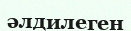
әлдилеген